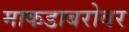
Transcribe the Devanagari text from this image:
माकडाबरोबर